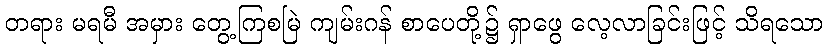
တရား မရမီ အမှား တွေ့ကြစမြဲ ကျမ်းဂန် စာပေတို့၌ ရှာဖွေ လေ့လာခြင်းဖြင့် သိရသော